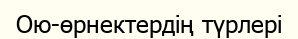
Ою-өрнектердің түрлері